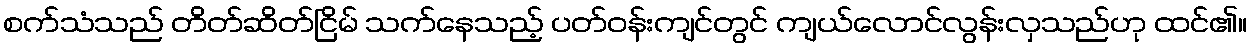
စက်သံသည် တိတ်ဆိတ်ငြိမ် သက်နေသည့် ပတ်ဝန်းကျင်တွင် ကျယ်လောင်လွန်းလှသည်ဟု ထင်၏။